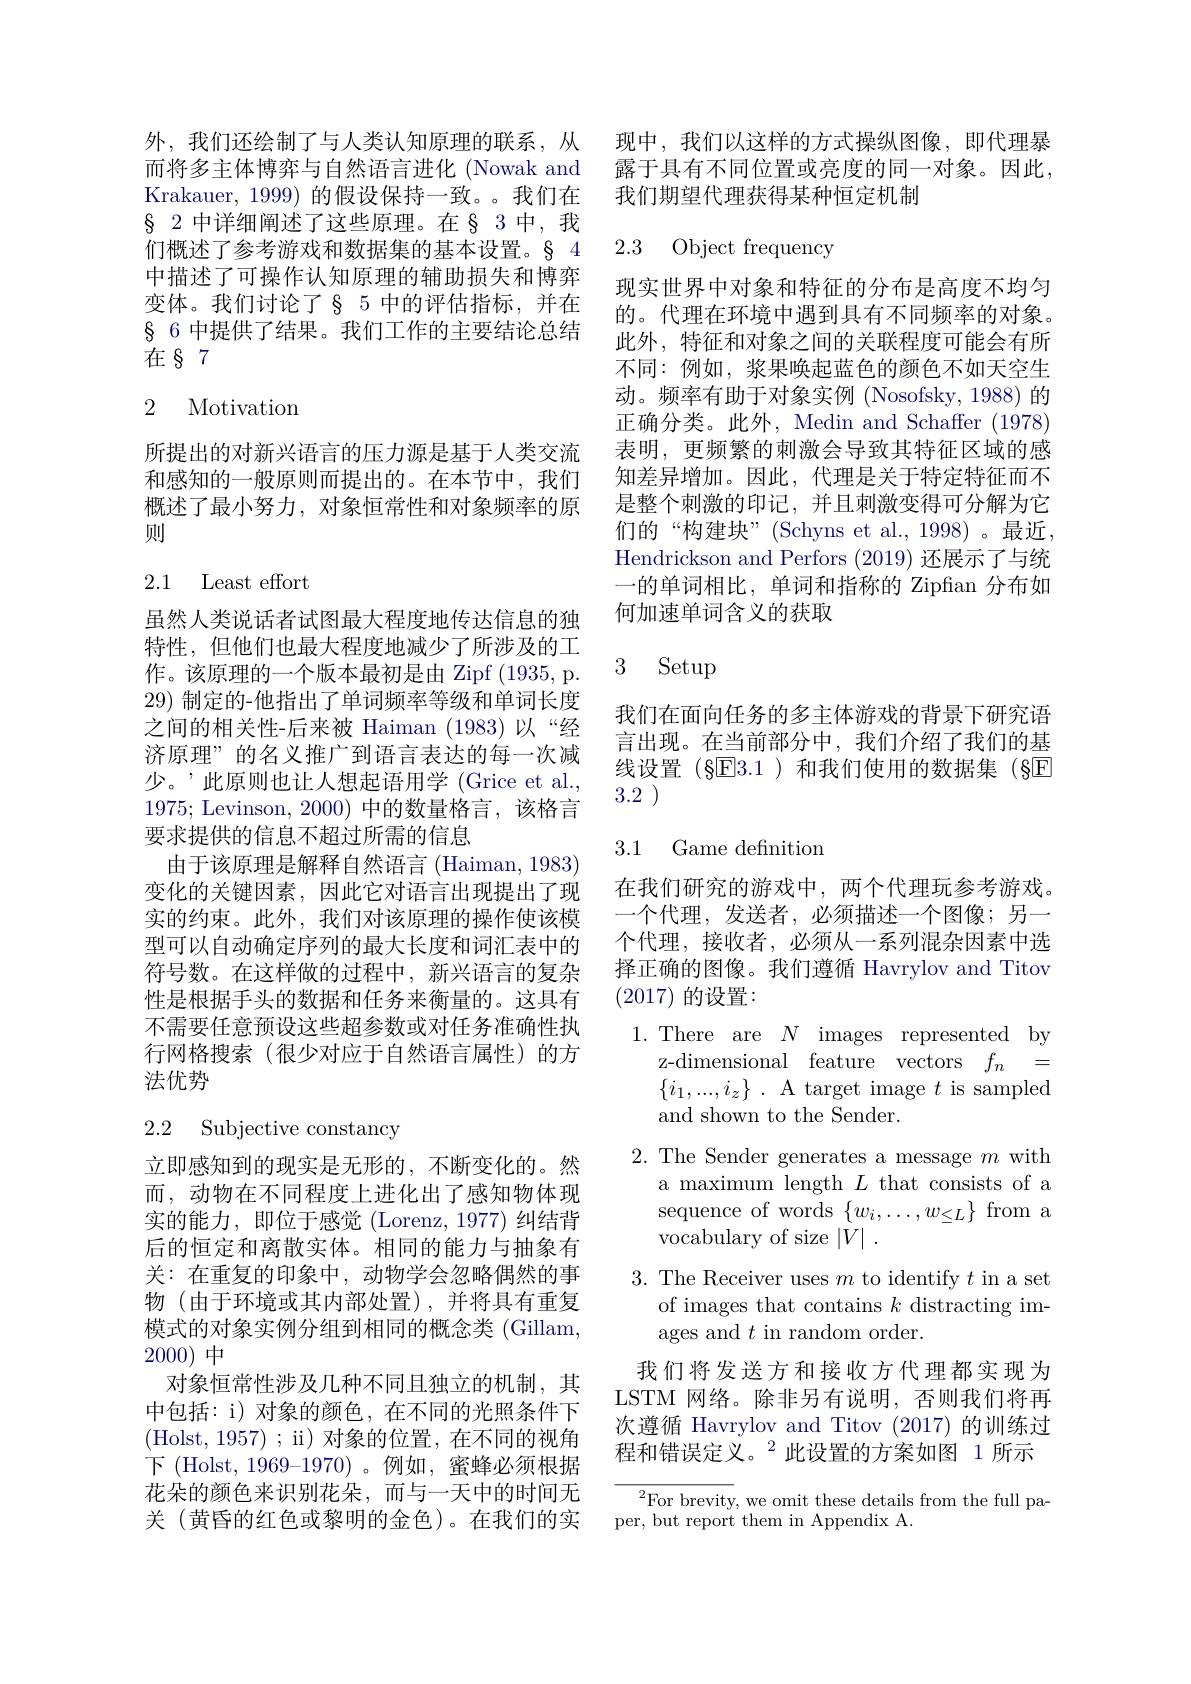
$\S$ 2 中详细阐述了这些原理。在§ 3 中，我们概述了参考游戏和数据集的基本设置。§ 4中描述了可操作认知原理的辅助损失和博弈变体。我们讨论了§ 5 中的评估指标，并在$\S$ 6 中提供了结果。我们工作的主要结论总结在§7

# 2 Motivation

所提出的对新兴语言的压力源是基于人类交流和感知的一般原则而提出的。在本节中，我们概述了最小努力，对象恒常性和对象频率的原则

## 2.1 Least effort

虽然人类说话者试图最大程度地传达信息的独特性，但他们也最大程度地减少了所涉及的工作。该原理的一个版本最初是由 Zipf (1935, p. 29)制定的-他指出了单词频率等级和单词长度之间的相关性-后来被 Haiman (1983)以“经济原理”的名义推广到语言表达的每一次减少。’此原则也让人想起语用学 (Grice et al., 1975; Levinson, 2000) 中的数量格言，该格言要求提供的信息不超过所需的信息
由于该原理是解释自然语言 (Haiman, 1983) 变化的关键因素，因此它对语言出现提出了现实的约束。此外，我们对该原理的操作使该模型可以自动确定序列的最大长度和词汇表中的符号数。在这样做的过程中，新兴语言的复杂性是根据手头的数据和任务来衡量的。这具有不需要任意预设这些超参数或对任务准确性执行网格搜索(很少对应于自然语言属性)的方法优势

# 2.2 Subjective constancy

立即感知到的现实是无形的，不断变化的。然而，动物在不同程度上进化出了感知物体现实的能力，即位于感觉(Lorenz,1977) 纠结背后的恒定和离散实体。相同的能力与抽象有关：在重复的印象中，动物学会忽略偶然的事物 (由于环境或其内部处置),并将具有重复模式的对象实例分组到相同的概念类 (Gillam, 2000)中
对象恒常性涉及几种不同且独立的机制，其中包括：i) 对象的颜色，在不同的光照条件下(Holst,1957) ; i) 对象的位置，在不同的视角下 (Holst, 1969-1970)。例如，蜜蜂必须根据花朵的颜色来识别花朵，而与一天中的时间无关(黄昏的红色或黎明的金色)。在我们的实

外，我们还绘制了与人类认知原理的联系，从 现中，我们以这样的方式操纵图像，即代理暴而将多主体博弈与自然语言进化 (Nowak and 露于具有不同位置或亮度的同一对象。因此， Krakauer, 1999) 的假设保持一致。。我们在 我们期望代理获得某种恒定机制

# 2.3 Object frequency

现实世界中对象和特征的分布是高度不均匀的。代理在环境中遇到具有不同频率的对象。此外，特征和对象之间的关联程度可能会有所不同：例如，浆果唤起蓝色的颜色不如天空生动。频率有助于对象实例 (Nosofsky, 1988) 的正确分类。此外，Medin and Schaffer (1978) 表明，更频繁的刺激会导致其特征区域的感知差异增加。因此，代理是关于特定特征而不是整个刺激的印记，并且刺激变得可分解为它们的“构建块”(Schyns et al., 1998)。最近， Hendrickson and Perfors (2019) 还展示了与统一的单词相比，单词和指称的 Zipfian 分布如何加速单词含义的获取

## 3 Setup

我们在面向任务的多主体游戏的背景下研究语言出现。在当前部分中，我们介绍了我们的基线设置(§E3.1)和我们使用的数据集(§E 3.2 )

3.1 Game definition

在我们研究的游戏中，两个代理玩参考游戏。

一个代理，发送者，必须描述一个图像；另一

个代理，接收者，必须从一系列混杂因素中选

择正确的图像。我们遵循 Havrylov and Titov

(2017)的设置：

1.There are $N$ images represented by

z-dimensional feature vectors $f_n$ =

$\{ i_{1}, . . . , i_{z}\}$ . A target image $t$ is sampled

and shown to the Sender.

2. The Sender generates a message $m$ with

a maximum length $L$ that consists of a

sequence of words $\{w_i,\ldots,w_{\leq L}\}$ from a

vocabulary of size $|V|~.$

3. The Receiver uses $m$ to identify $t$ in a set

of images that contains $k$ distracting im-

ages and $t$ in random order.

我们将发送方和接收方代理都实现为LSTM 网络。除非另有说明，否则我们将再次遵循 Havrylov and Titov (2017)的训练过程和错误定义。$^2$此设置的方案如图 1 所示

$^{2}$For brevity, we omit these details from the full pa-
per, but report them in Appendix A.